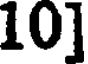
10]